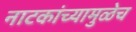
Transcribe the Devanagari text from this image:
नाटकांच्यामुळेच